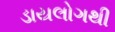
ડાયલોગથી